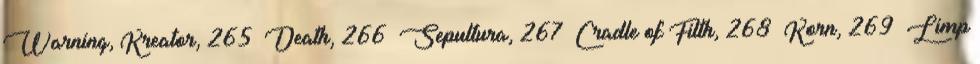
Warning, Kreator, 265 Death, 266 Sepultura, 267 Cradle of Filth, 268 Korn, 269 Limp